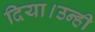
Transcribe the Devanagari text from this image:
दिया।उन्ही